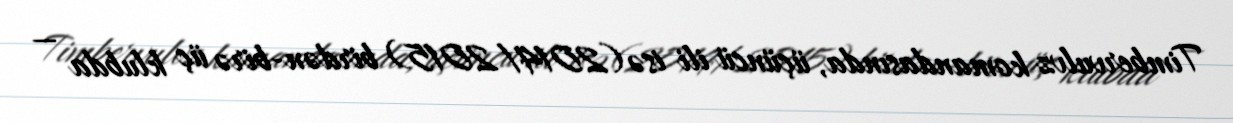
Timbervulvz komandasında, üçüncü ili isə (2014/2015) birdən-birə üç klubda —